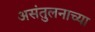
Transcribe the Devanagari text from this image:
असंतुलनाच्या